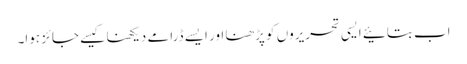
اب بتائیے ایسی تحریروں کو پڑھنا اور ایسے ڈرامے دیکھنا کیسے جائز ہوا۔